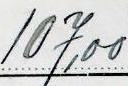
107,00